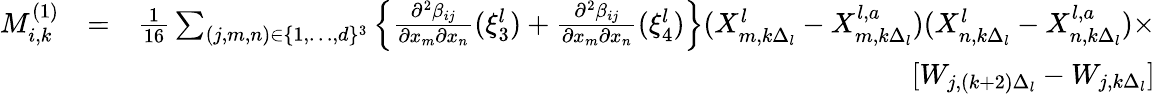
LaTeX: \begin{array}{rlr}{M_{i,k}^{(1)}}&{=}&{\frac{1}{16}\sum_{(j,m,n)\in\{ 1,\dots,d\} ^{3}}\left\{ \frac{\partial^{2}\beta_{ij}}{\partial x_{m}\partial x_{n}}(\xi_{3}^{l})+\frac{\partial^{2}\beta_{ij}}{\partial x_{m}\partial x_{n}}(\xi_{4}^{l})\right\} (X_{m,k\Delta_{l}}^{l}-X_{m,k\Delta_{l}}^{l,a})(X_{n,k\Delta_{l}}^{l}-X_{n,k\Delta_{l}}^{l,a})\times}\\ &{}&{[W_{j,(k+2)\Delta_{l}}-W_{j,k\Delta_{l}}]}\end{array}